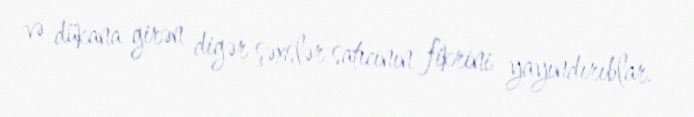
və dükana girən digər şəxslər satıcının fikrini yayındırıblar.